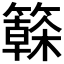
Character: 𱸫